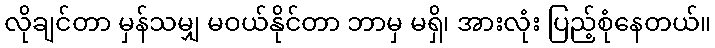
လိုချင်တာ မှန်သမျှ မဝယ်နိုင်တာ ဘာမှ မရှိ၊ အားလုံး ပြည့်စုံနေတယ်။